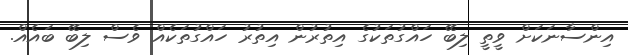
އިންސާނަކަށް ވީތީ ލިބޭ ހައްގުތަކުގެ އިތުރުން އިތުރު ހައްގުތަކެއް ވެސް ލިބޭ ބައެއް.